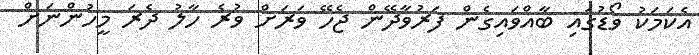
އެކަމަކު ވޯޑުގައި ބާއްވައިގެން ފަރުވާދޭން ޖެހޭ ވަރަށް ވުރެ ހާލު ދެރަ މީހުންނަށް